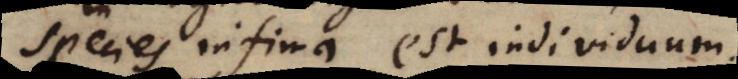
species infima est individuum.